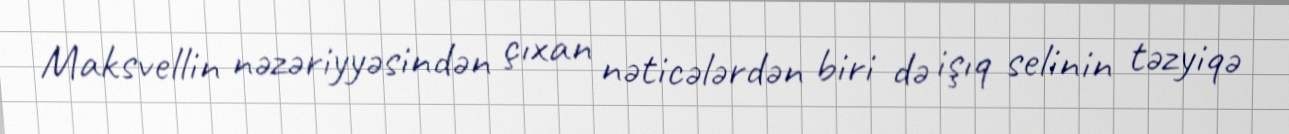
Maksvellin nəzəriyyəsindən çıxan nəticələrdən biri də işıq selinin təzyiqə